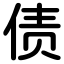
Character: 债